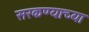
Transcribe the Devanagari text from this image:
सरकण्याच्या